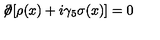
\not \! \partial [ \rho ( x ) + i \gamma _ { 5 } \sigma ( x ) ] = 0 \,